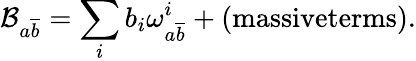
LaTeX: \mathcal{B}_{a\overline{{{b}}}}=\sum_{i}b_{i}\omega_{a\overline{{{b}}}}^{i}+(\textrm{massiveterms}).